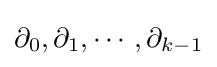
\partial _{0},\partial _{1},\cdots ,\partial _{k-1}